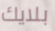
بلايك